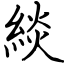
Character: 緂